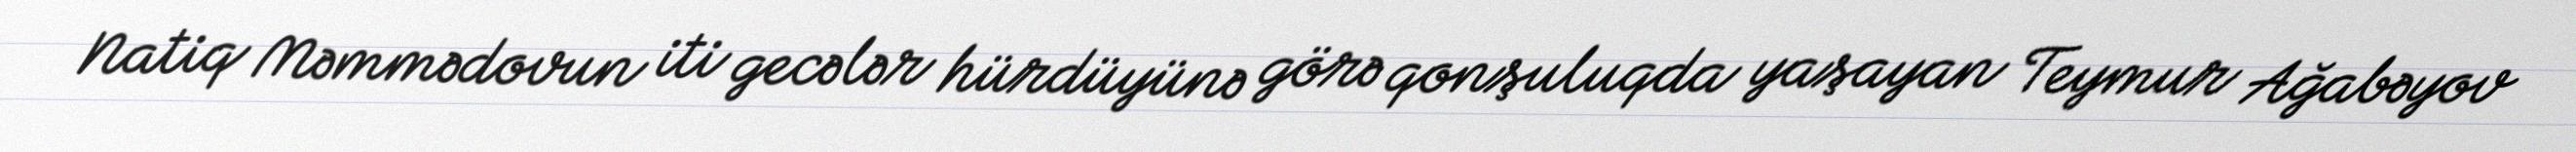
Natiq Məmmədovun iti gecələr hürdüyünə görə qonşuluqda yaşayan Teymur Ağabəyov